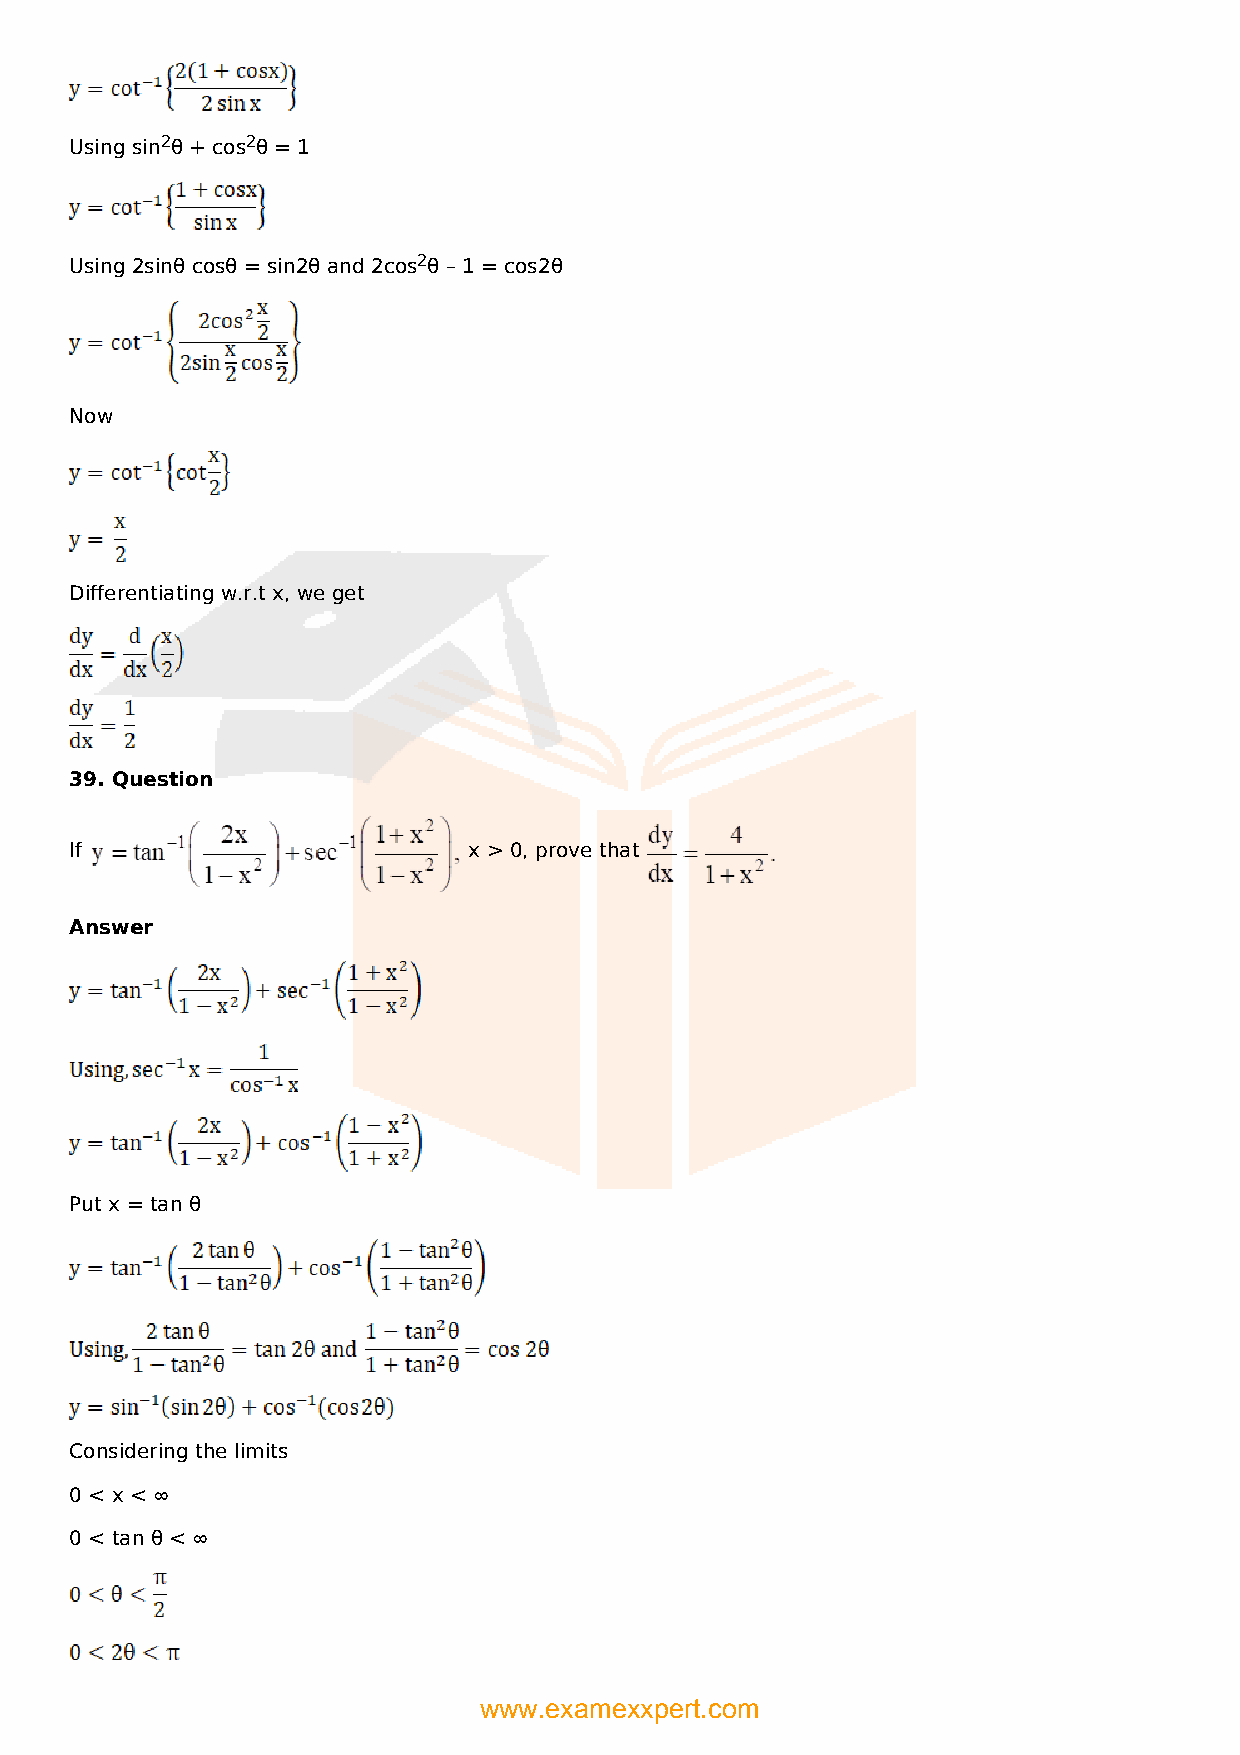
Using sin2θ + cos2θ = 1
 Using 2sinθ cosθ = sin2θ and 2cos2θ – 1 = cos2θ
 Now
 Differentiating w.r.t x, we get
 39. Question
 If                        x > 0, prove that
 Answer
 Put x = tan θ
 Considering the limits
 0 < x < ∞
 0 < tan θ < ∞
 www.examexxpert.com